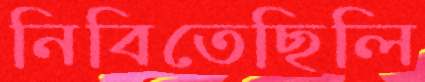
নিবিতেছিলি